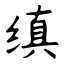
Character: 缜